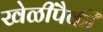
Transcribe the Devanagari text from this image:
खेळींपैकी